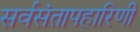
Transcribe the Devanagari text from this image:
सर्वसंतापहारिणी